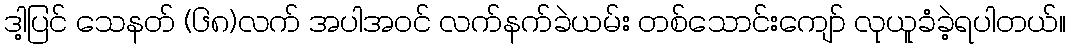
ဒါ့ပြင် သေနတ် (၆၈)လက် အပါအဝင် လက်နက်ခဲယမ်း တစ်သောင်းကျော် လုယူခံခဲ့ရပါတယ်။